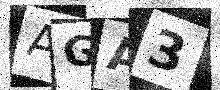
Text: AGA3